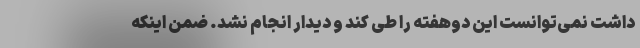
داشت نمی‌توانست این دوهفته را طی کند و دیدار انجام نشد. ضمن اینکه